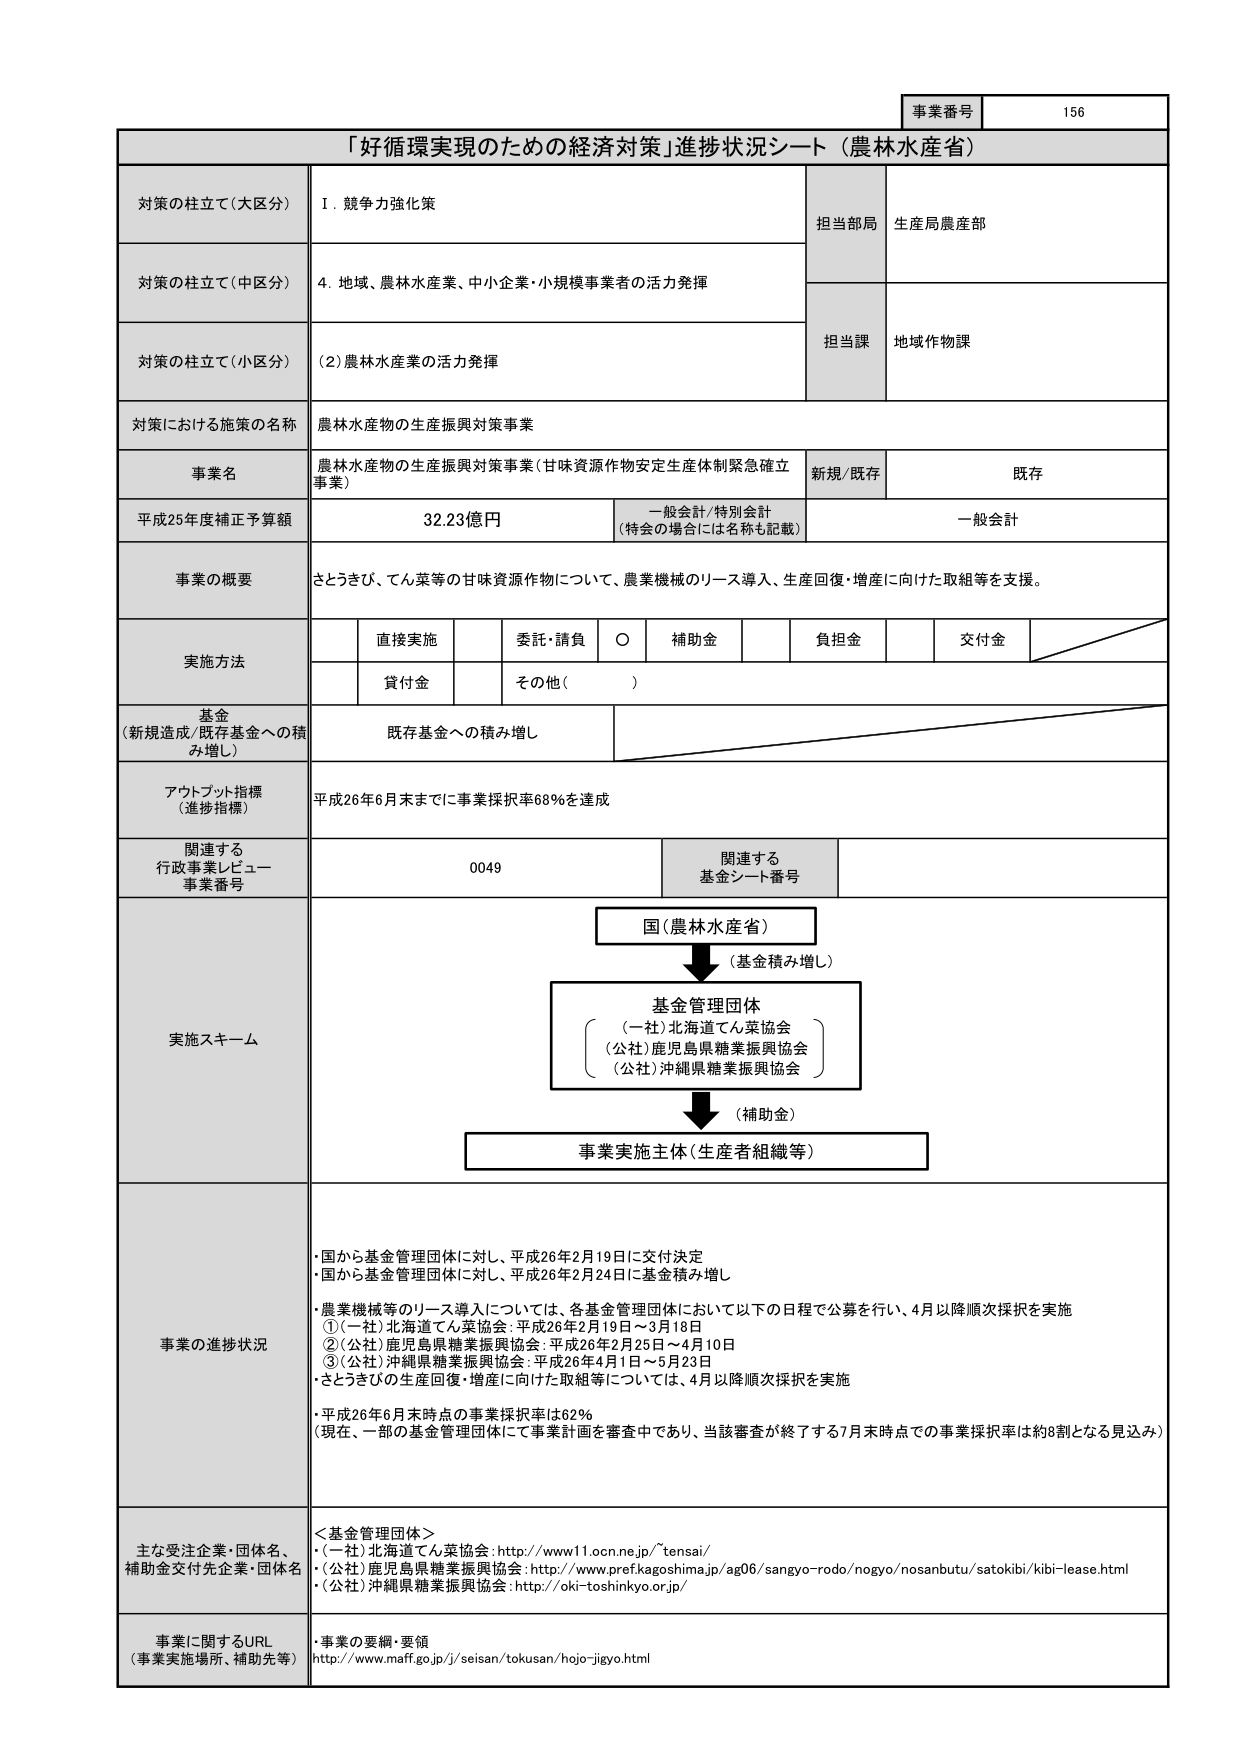
事業番号 156

「好循環実現のための経済対策」進捗状況シート（農林水産省）

対策の柱立て（大区分） Ⅰ．競争力強化策 担当部局 生産局農産部

対策の柱立て（中区分） 4．地域、農林水産業、中小企業・小規模事業者の活力発揮

対策の柱立て（小区分） （2）農林水産業の活力発揮 担当課 地域作物課

対策における施策の名称 農林水産物の生産振興対策事業

事業名 農林水産物の生産振興対策事業（甘味資源作物安定生産体制緊急確立事業） 新規／既存 既存

平成25年度補正予算額 32.23億円 一般会計／特別会計 （特会の場合には名称も記載） 一般会計

事業の概要 さとうきび、てん菜等の甘味資源作物について、農業機械のリース導入、生産回復・増産に向けた取組等を支援。

実施方法 直接実施 委託・請負 ○ 補助金 負担金 交付金 貸付金 その他（ ）

基金 （新規造成／既存基金への積み増し） 既存基金への積み増し

アウトプット指標 （進捗指標） 平成26年6月末までに事業採択率68％を達成

関連する 行政事業レビュー 事業番号 0049 関連する 基金シート番号

実施スキーム 国（農林水産省） （基金積み増し） 基金管理団体 （一社）北海道てん菜協会 （公社）鹿児島県糖業振興協会 （公社）沖縄県糖業振興協会 （補助金） 事業実施主体（生産者組織等）

事業の進捗状況 ・国から基金管理団体に対し、平成26年2月19日に交付決定 ・国から基金管理団体に対し、平成26年2月24日に基金積み増し ・農業機械等のリース導入については、各基金管理団体において以下の日程で公募を行い、4月以降順次採択を実施 ①（一社）北海道てん菜協会：平成26年2月19日～3月18日 ②（公社）鹿児島県糖業振興協会：平成26年2月25日～4月10日 ③（公社）沖縄県糖業振興協会：平成26年4月1日～5月23日 ・さとうきびの生産回復・増産に向けた取組等については、4月以降順次採択を実施 ・平成26年6月末時点の事業採択率は62％ （現在、一部の基金管理団体にて事業計画を審査中であり、当該審査が終了する7月末時点での事業採択率は約8割となる見込み）

主な受注企業・団体名、 補助金交付先企業・団体名 ＜基金管理団体＞ ・（一社）北海道てん菜協会：http://www11.ocn.ne.jp/~tensai/ ・（公社）鹿児島県糖業振興協会：http://www.pref.kagoshima.jp/ag06/sangyo-rodo/nogyo/nosanbutu/satokibi/kibi-lease.html ・（公社）沖縄県糖業振興協会：http://oki-toshinkyu.or.jp/

事業に関するURL （事業実施場所、補助先等） ・事業の要綱・要領 http://www.maff.go.jp/j/seisan/tokusan/hojo-jigyo.html